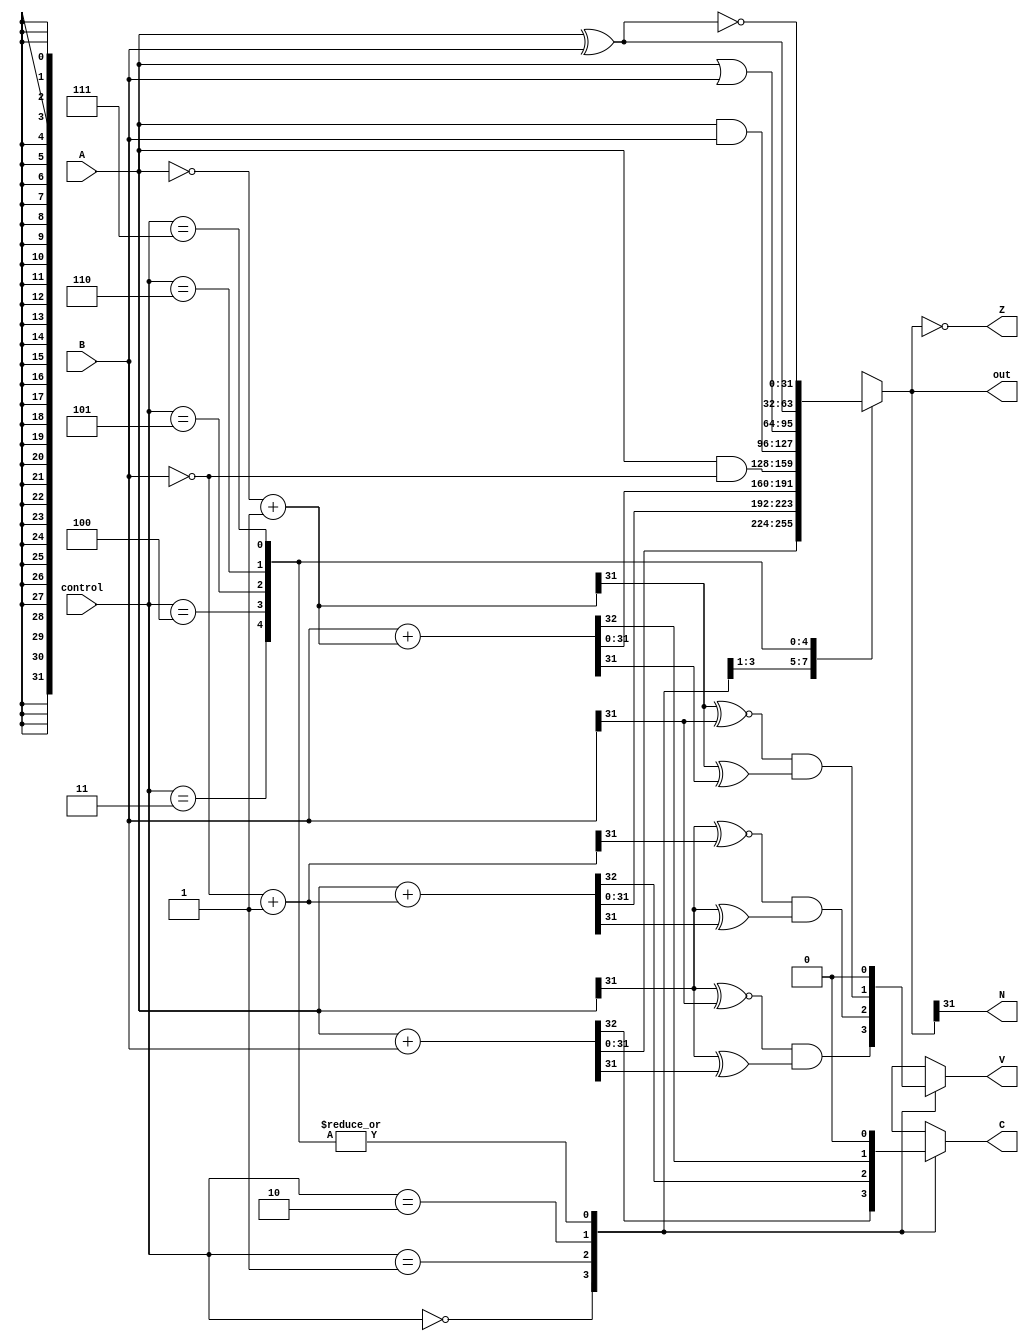
module ALU #(parameter W=32)(A,B,control,C,V,N,Z,out);
	input [(W-1):0] A,B;
	input [2:0] control;
	output reg C,V,N,Z;
	output reg [(W-1):0] out;
	
	wire [(W-1):0] A_comp,B_comp;
	assign A_comp = ~A + 1;
	assign B_comp = ~B + 1;
	
	always @(*)
		begin
		case(control)
		
			3'b000: begin
				{C,out} = A + B;
				V = (A[W-1] ~^ B[W-1]) & (A[W-1] ^ out[W-1]);
				end
				
			3'b001: begin
				{C,out} = A + B_comp;
				V = (A[W-1] ~^ B_comp[W-1]) & (A[W-1] ^ out[W-1]);
				end
			
			3'b010: begin 
				{C,out} = B + A_comp;
				V = (A_comp[W-1] ~^ B[W-1]) & (A_comp[W-1] ^ out[W-1]);
				end
				
			3'b011: begin
				out = A & ~B;
				C = 0;
				V = 0;
				end
				
			3'b100: begin 
				out = A & B;
				C = 0;
				V = 0;
				end
				
			3'b101: begin 
				out = A | B;
				C = 0;
				V = 0;
				end
				
			3'b110: begin 
				out = A ^ B;
				C = 0;
				V = 0;
				end
				
			3'b111: begin 
				out = ~(A ^ B);
				C = 0;
				V = 0;
				end
				
		endcase
		
		Z = (out==0);
		N = out[W-1];
	
		end
endmodule